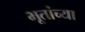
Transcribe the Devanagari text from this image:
भूतांच्या